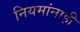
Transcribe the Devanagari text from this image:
नियमांनाही